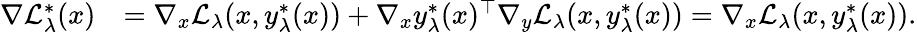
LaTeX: \begin{array}{rl}{\nabla\mathcal{L}_{\lambda}^{*}(x)}&{=\nabla_{x}\mathcal{L}_{\lambda}(x,y_{\lambda}^{*}(x))+\nabla_{x}y_{\lambda}^{*}(x)^{\top}\nabla_{y}\mathcal{L}_{\lambda}(x,y_{\lambda}^{*}(x))=\nabla_{x}\mathcal{L}_{\lambda}(x,y_{\lambda}^{*}(x)).}\end{array}